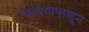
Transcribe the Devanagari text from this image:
कागदापासून